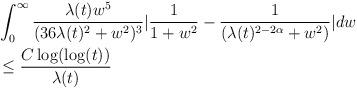
LaTeX: \begin{align*} &\int_{0}^{\infty} \frac{\lambda(t) w^{5}}{(36\lambda(t)^{2}+w^{2})^{3}} |\frac{1}{1+w^{2}}-\frac{1}{(\lambda(t)^{2-2\alpha}+w^{2})}| dw\\&\leq \frac{C \log(\log(t))}{\lambda(t)}\end{align*}